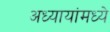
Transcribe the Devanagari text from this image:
अध्यायांमध्ये